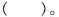
()。